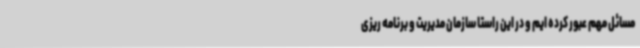
مسائل مهم عبور کرده ایم و در این راستا سازمان مدیریت و برنامه ریزی